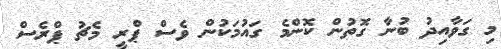
މި ގަވާއިދު ބުނާ ގޮތުން ކޮންމެ ގައުމަކުން ވެސް ޕްރީ މެޗު ޕްރެސް